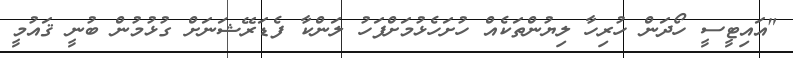
"އައިޓީސީ ހޯދަން ހުރިހާ ލިޔުންތަކެއް ހުށަހެޅުމަށްފަހު ލަންކާ ފެޑަރޭޝަނަށް ގުޅުމުން ބުނީ ޤައުމީ